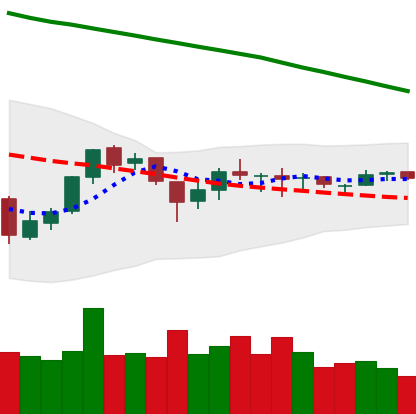
Ticker: EOS-USD
Chart end date: 2018-10-06
Forward return: -11.381%
Label: down_7plus